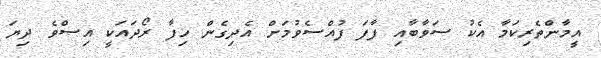
އީމާންތެރިކަމާ އެކު ސަވާބާއި ފާފަ ފުއްސެވުމަށް އެދިގެން ހިފާ ރޯދައަކީ އިސްވެ ދިޔަ